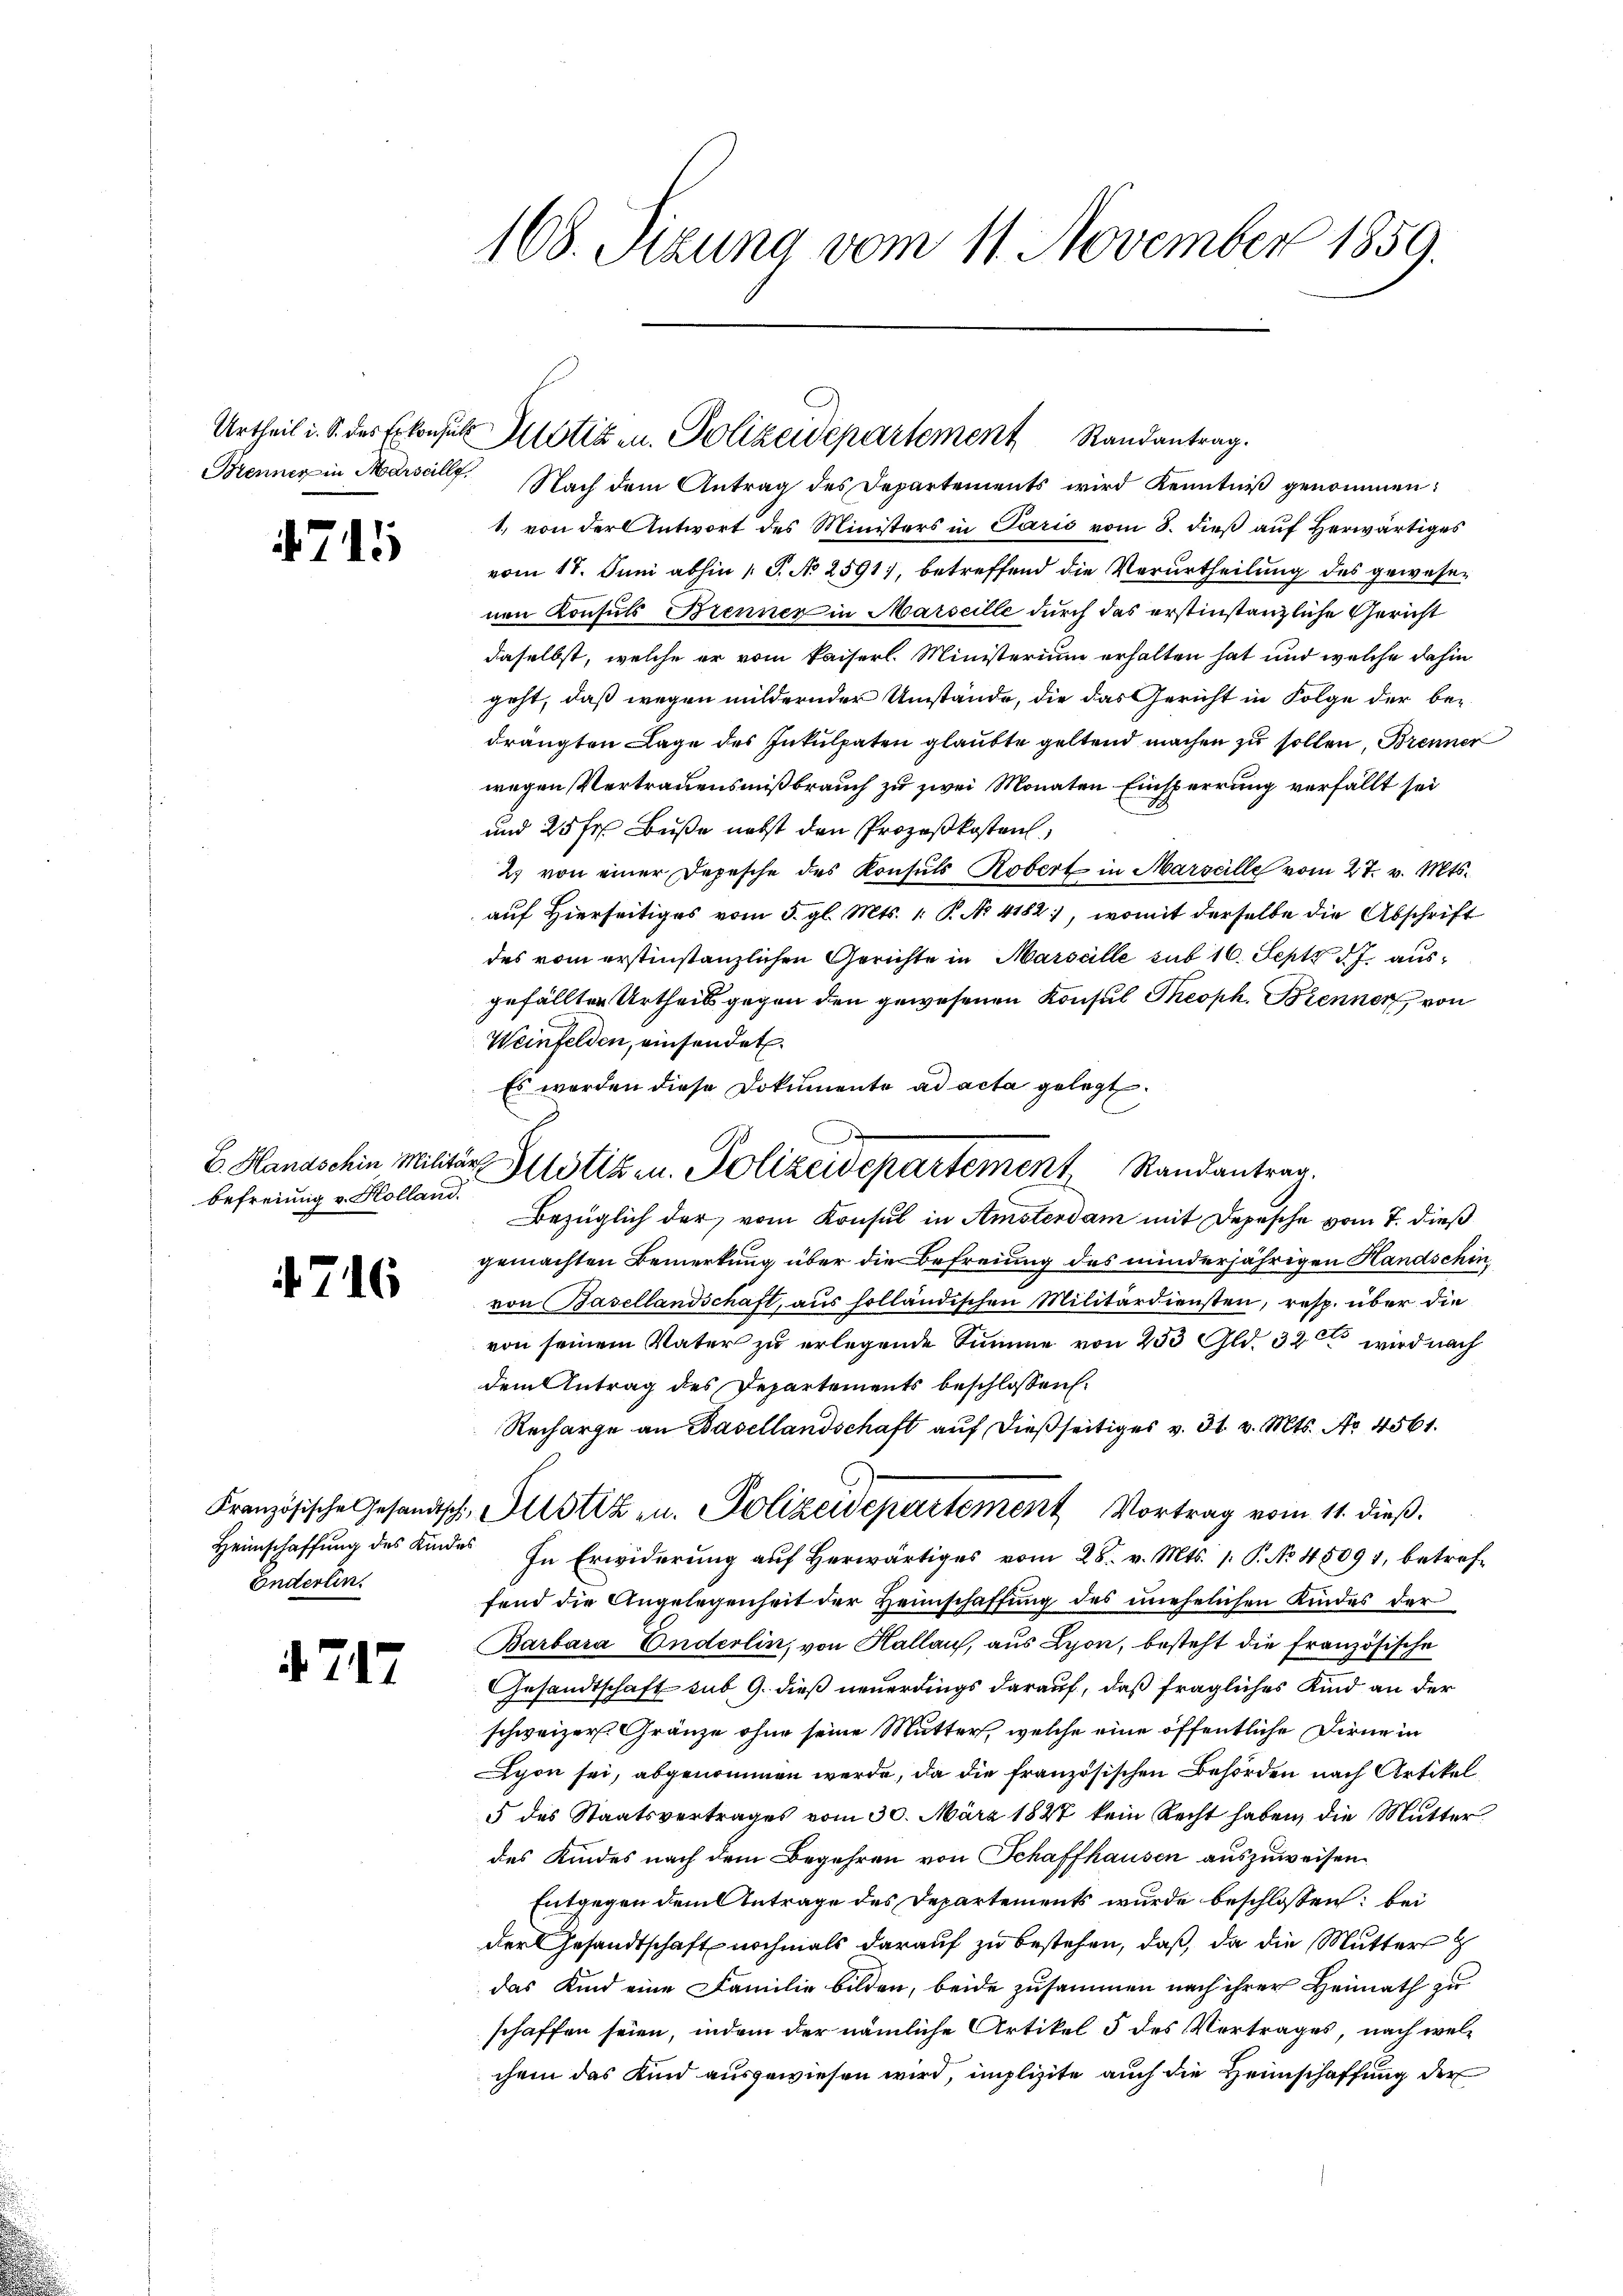
4711

E. Handschin Militär
Befreiung v. Holland.

476

Enderten.

717

108. Sizung vom 11. November 1859.

Urtheil i. B. des Erkonsul Motiven Polizeidepartement Randantrag.

C
Justizen. Solizeidepartement Randantrag.

Brenner in Marsallf. Nach dem Antrag des Departements wird Kenntniß genommen:
1. von der Antwort des Ministers in Paris vom 8. dieß auf Herwärtiges
vom 17. Juni abhin 1 S. No 2591), betreffend die Verurtheilung des gewesen
nen Konsuls Brenner in Marseille durch das erstinstanzliche Gericht
daselbst, welche er vom Kaiserl. Ministerium erhalten hat und welche dahin
geht, daß wegen mildernder Umstände, die das Gericht in Folge der be-
drängten Lage des Inkulpaten glaubte geltend machen zu sollen, Brenner
wegen Vertrauensmißbrauch zu zwei Monaten Einsperrung verfällt sei
und 25 fr. Buße nebst den Prozeßkosten,
2 von einer Depesche des Konsuls Robert in Marseille vom 27. v. Mts.
auf Hierseitiges vom 5. gl. Mts. 1. P. Nr. 4182), womit derselbe die Abschrift
des vom erstinstanzlichen Gerichte in Marseille sub 16. Sept d. J. ausgefällten Urtheils gegen den gewesenen Konsul Theoph. Brenner, von
Weinfelden, einsendet.
Es worden diese Dokumente ad acta gelegt.
Bezüglich der vom Konsul in Amsterdam mit Depesche vom 7. dieß
gemachten Bemerkung über die Befreiung des minderjährigen Handschin,
von Basellandschaft, aus holländischen Militärdiensten, resp. über die
von seinem Vater zu erlegende Summe von 253 Gld. 320 wird nach
dem Antrag des Departements beschlossen.
Recharge an Basellandschaft auf dießseitiges v. 31. v. Mts. No 4561.
Französische Gesandtsch, Justiz u. Polizeidepartement Vortrag vom 11. dieß.
Heimschaffung des Kindes In Erwiderung auf herwärtiges vom 28. v. Mts. 1. P. No. 45091, betreffend die Angelegenheit der Heimschaffung des unehelichen Kindes der
Barbara Enderlin, von Hallau, aus Lyon, besteht die Französische
Gesandtschaft sub 9. dieß neuerdings darauf, daß fragliches Kind an der
schweizer Gränze ohne seine Mutter, welche eine öffentliche Dirne in
Syon sei, abgenommen werde, da die französischen Behörden nach Artikel
5 des Staatsvertrages vom 30. März 1827 kein Recht haben, die Mutter
des Kindes nach dem Begehren von Schaffhausen auszuweisen.
Entgegen dem Antrage des Departements wurde beschlossen: bei
der Gesandtschaft nochmals darauf zu bestehen, daß, da die Mutter
das Kind eine Familie bilden, beide zusammen nach ihrer Heimath zu
schaffen seien, indem der nämliche Artikel 5 des Vertrages, nach welchem das Kind ausgewiesen wird, implizite auch die Heimschaffung der